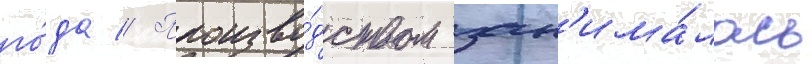
го́да // Произво́дством зан'има́лась